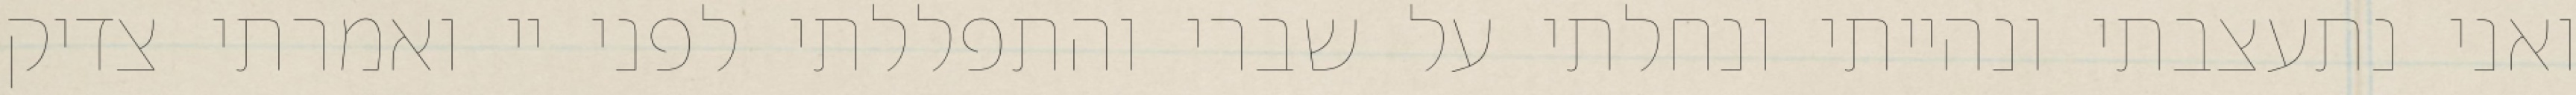
ואני נתעצבתי ונהייתי ונחלתי על שברי והתפללתי לפני יי ואמרתי צדיק